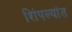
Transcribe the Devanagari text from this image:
शिंपल्यांत